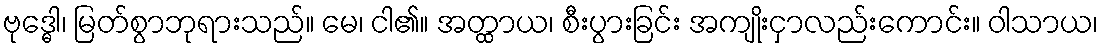
ဗုဒ္ဓေါ၊ မြတ်စွာဘုရားသည်။ မေ၊ ငါ၏။ အတ္ထာယ၊ စီးပွားခြင်း အကျိုးငှာလည်းကောင်း။ ဝါသာယ၊